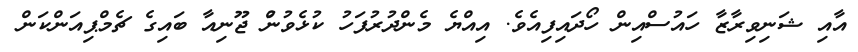
އާއި ޝަނިވިރާޒާ ހައުސްއިން ހޯދައިފިއެވެ. އިއްޔެ މެންދުރުފަހު ކުޅެވުނުް ޖޫނިއާ ބައިގެ ޗެމްޕިއަންކަން